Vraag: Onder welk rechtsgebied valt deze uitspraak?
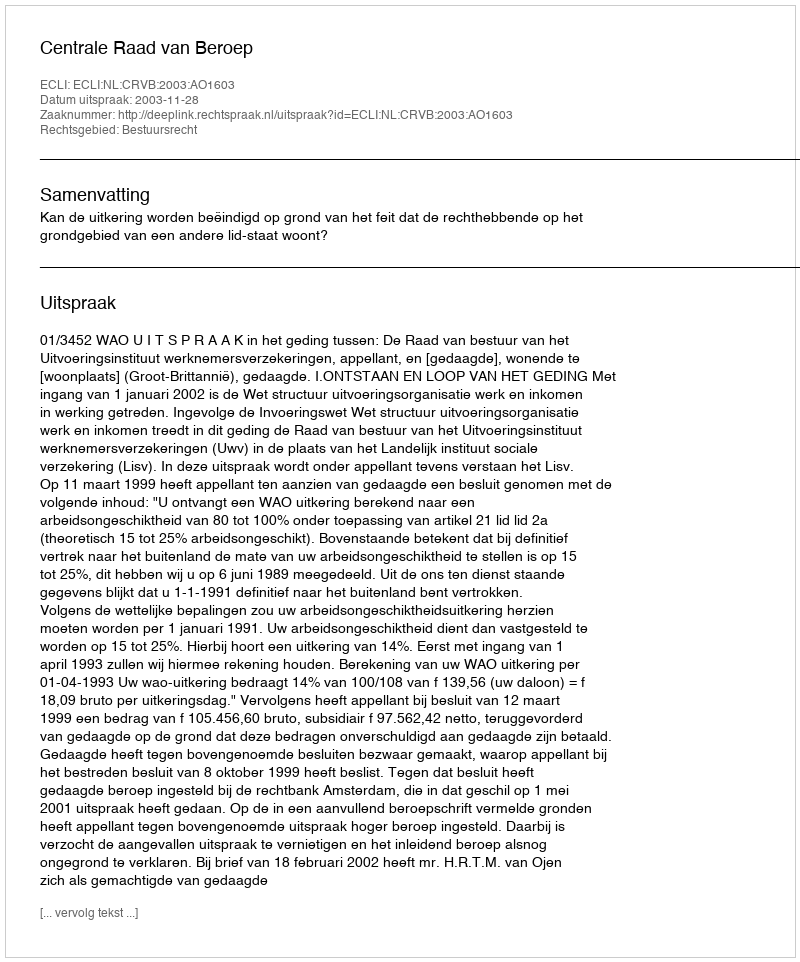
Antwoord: Bestuursrecht